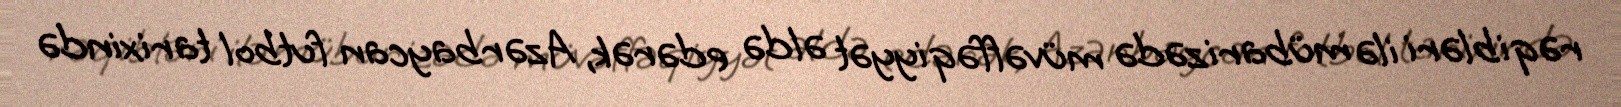
rəqibləri ilə mübarizədə müvəffəqiyyət əldə edərək, Azərbaycan futbol tarixində